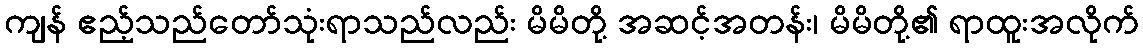
ကျန် ဧည့်သည်တော်သုံးရာသည်လည်း မိမိတို့ အဆင့်အတန်း၊ မိမိတို့၏ ရာထူးအလိုက်